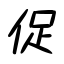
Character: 促